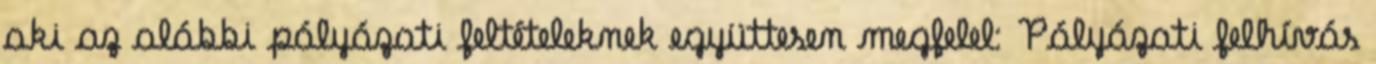
aki az alábbi pályázati feltételeknek együttesen megfelel: Pályázati felhívás